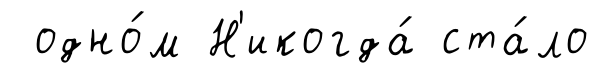
одно́м Н'икогда́ ста́ло